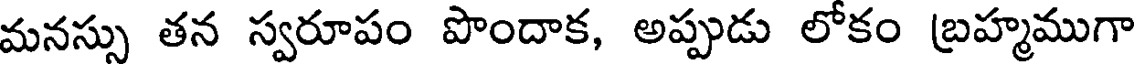
మనస్సు తన స్వరూపం పొందాక, అప్పుడు లోకం బ్రహ్మముగా